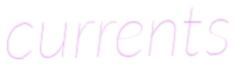
currents